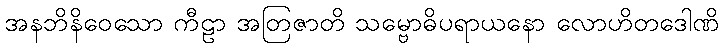
အနဘိနိဝေသော ကီဠာ အတြဇာတိ သမ္ဗောဓိပရာယနော လောဟိတဒေါဏိ